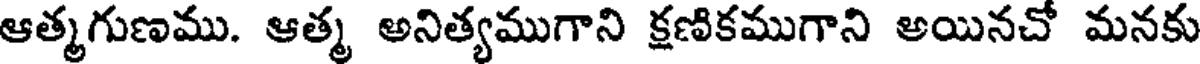
ఆత్మగుణము. ఆత్మ అనిత్యముగాని క్షణికముగాని అయినచో మనకు